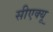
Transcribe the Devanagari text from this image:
सीएक्यू